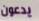
يدعون